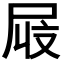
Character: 𫵜